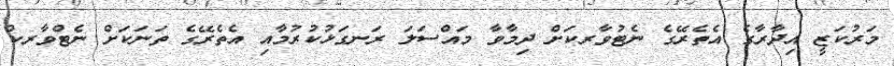
މަރުކަޒީ އިދާރާގެ އެތެރޭގެ ނެޓުވާރކަށް ދިމާވާ މައްސަލަ ރަނގަޅުކުރުމާއި އެތެރޭގެ ތަނަކަށް ނެޓްވާރކް